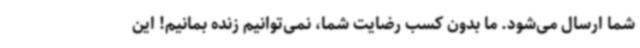
شما ارسال می‌شود. ما بدون کسب رضایت شما، نمی‌توانیم زنده بمانیم! این